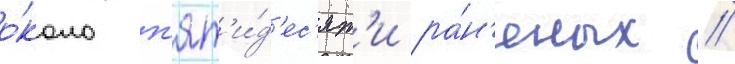
о́коло п'ят'и́д'ес'ят'и ра́н'еных //